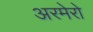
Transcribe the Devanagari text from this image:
अरमेरो